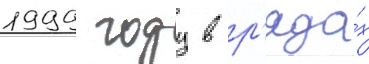
1999 году в р'яда́х